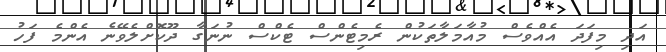
އަދި މިފަދަ އެއްވެސް މުއާމަލާތަކުން ރެމިޓެންސް ޓެކްސް ނުނަގާ ދޫކޮށްލެވޭނެ އެންމެ ފަހު